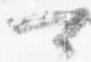
可